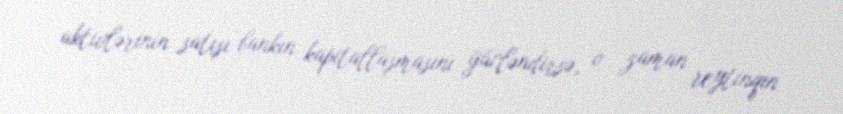
aktivlərinin satışı bankın kapitallaşmasını gücləndirsə, o zaman reytinqin